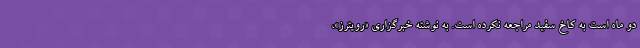
دو ماه است به کاخ سفید مراجعه نکرده است. به نوشته خبرگزاری «رویترز»،